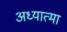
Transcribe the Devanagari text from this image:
अध्यात्मा